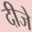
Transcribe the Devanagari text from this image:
दीजे